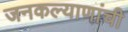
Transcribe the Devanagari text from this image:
जनकल्याणांची